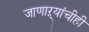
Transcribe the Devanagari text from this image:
जाणाऱ्यांचीही